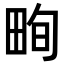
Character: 𤱬